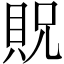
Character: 貺